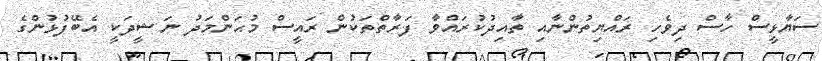
ސަޔާޅީސް ހާސް ދިވެހި ރައްޔިތުންނާއި ތާއިދުކުރައްވާ ފަރާތްތަކުން ރައީސް މުޙަންމަދު ނަޝީދަކީ އެބޭފުޅުންގެ